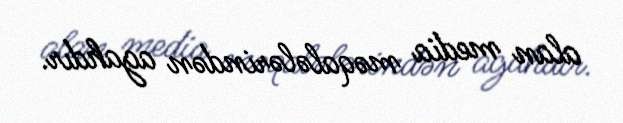
alan media məqalələrindən agahdır.